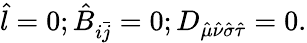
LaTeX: \hat{l}=0;\hat{B}_{i\bar{j}}=0;D_{\hat{\mu}\hat{\nu}\hat{\sigma}\hat{\tau}}=0.